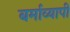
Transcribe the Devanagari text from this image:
बर्माव्यापी